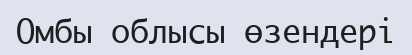
Омбы облысы өзендері